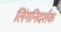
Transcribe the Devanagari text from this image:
लिंगनिदर्शक